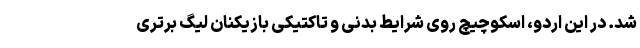
شد. در این اردو، اسکوچیچ روی شرایط بدنی و تاکتیکی بازیکنان لیگ برتری